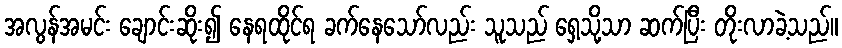
အလွန်အမင်း ချောင်းဆိုး၍ နေရထိုင်ရ ခက်နေသော်လည်း သူသည် ရှေ့သို့သာ ဆက်ပြီး တိုးလာခဲ့သည်။